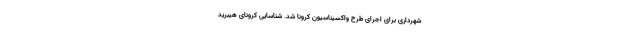
شهرداری برای اجرای طرح واکسیناسیون کرونا شد. شناسایی کرونای هیبرید